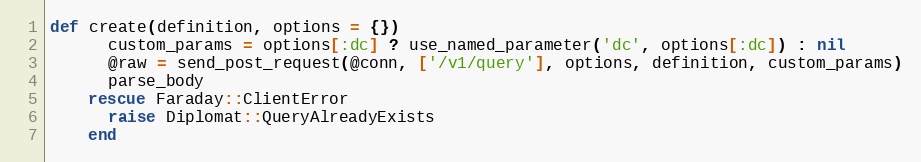
Language: Ruby
def create(definition, options = {})
      custom_params = options[:dc] ? use_named_parameter('dc', options[:dc]) : nil
      @raw = send_post_request(@conn, ['/v1/query'], options, definition, custom_params)
      parse_body
    rescue Faraday::ClientError
      raise Diplomat::QueryAlreadyExists
    end